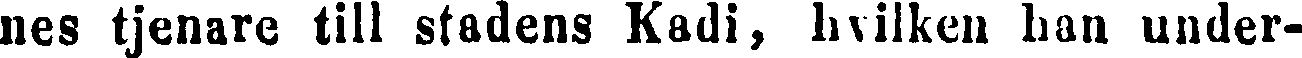
nes tjenare till stadens Kadi, hvilken han under-